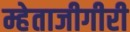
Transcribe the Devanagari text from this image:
म्हेताजीगीरी